Vaccination in Bombay 1889-1901 - 1889-1901
Year: 1889
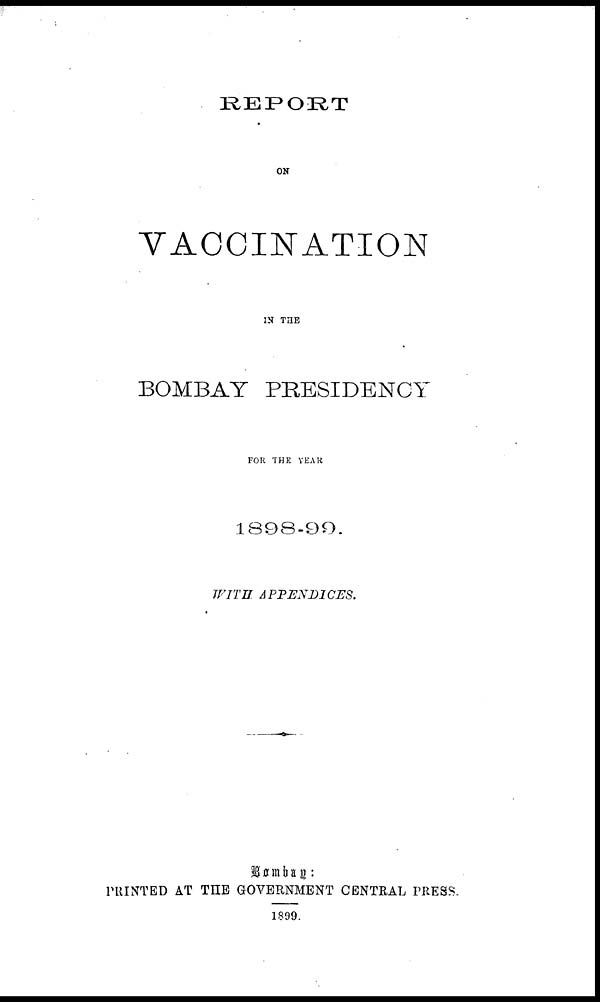
REPORT
ON
VACCINATION
IN THE
BOMBAY PRESIDENCY
FOR THE YEAR
1898-99.
WITH
APPENDICES.
Bombay:
PRINTED AT THE GOVERNMENT CENTRAL PRESS.
1899.